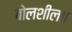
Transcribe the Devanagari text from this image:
बोलशील॥